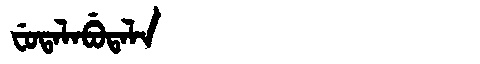
Manchu: ᠸᡠᡨᠠᠯᠠᠪᡠᡨᠠᠯᠠ
Romanization: FUTALABUTALA